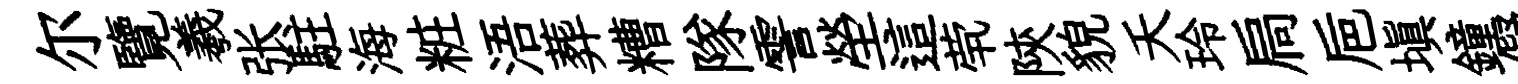
尔覽羲张駐海粧浯葬糟隊霅塋這茕陝貌夭玲扃巵填鐘儗